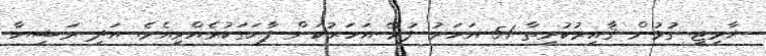
ޚާރިޖީ ގުޅުން ޤާއިމުކުރިތާ 51 އަހަރު ފުރޭ އަހަރުކަން ފާހަގަކުރެއްވިއެވެ. އަދި ރަޝިޔާ